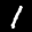
Label: 1